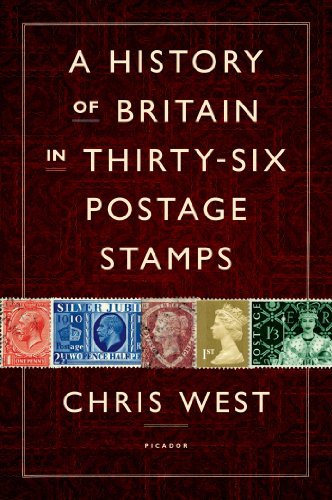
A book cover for A History of Britain in Thirty-six Postage Stamps; Chris West; Crafts, Hobbies & Home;